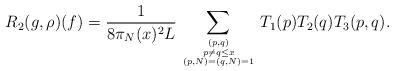
LaTeX: \begin{align*}R_2(g,\rho)(f) = \frac{1}{8 \pi_N(x)^2L}\sum_{(p,q) \atop {p \neq q \leq x \atop{(p,N) = (q,N) = 1}}} T_1(p)T_2(q)T_3(p,q).\end{align*}